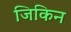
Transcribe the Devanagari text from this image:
जिकिन